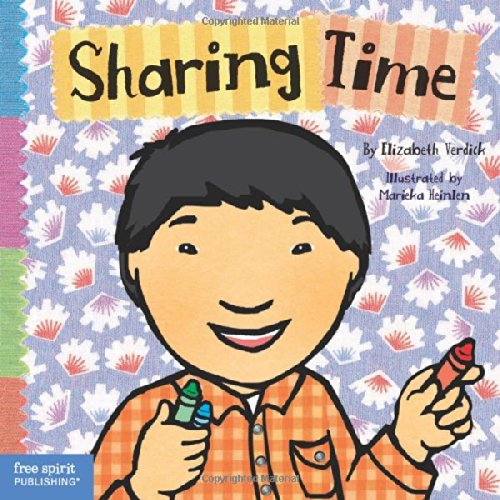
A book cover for Sharing Time (Toddler Tools); Elizabeth Verdick; Parenting & Relationships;